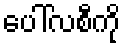
ပေါ်လစီကို